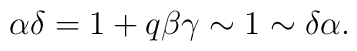
\alpha\delta = 1+q\beta\gamma \sim 1 \sim \delta\alpha .